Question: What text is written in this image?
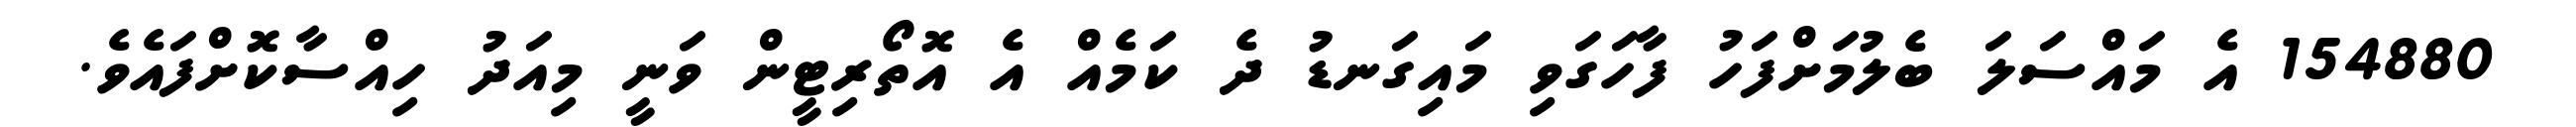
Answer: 154880 އެ މައްސަލަ ބެލުމަށްފަހު ފާހަގަވި މައިގަނޑު ދެ ކަމެއް އެ އޮތޯރިޓީން ވަނީ މިއަދު ހިއްސާކޮށްފައެވެ.